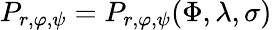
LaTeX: P_{r,\varphi,\psi}=P_{r,\varphi,\psi}(\Phi,\lambda,\sigma)